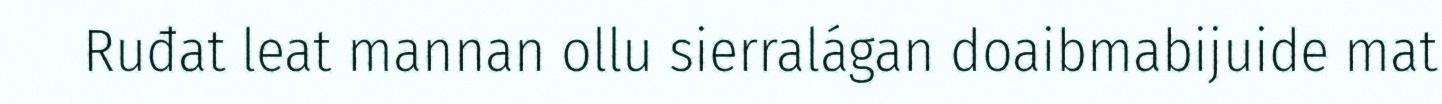
Ruđat leat mannan ollu sierralágan doaibmabijuide mat